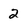
Character: 2